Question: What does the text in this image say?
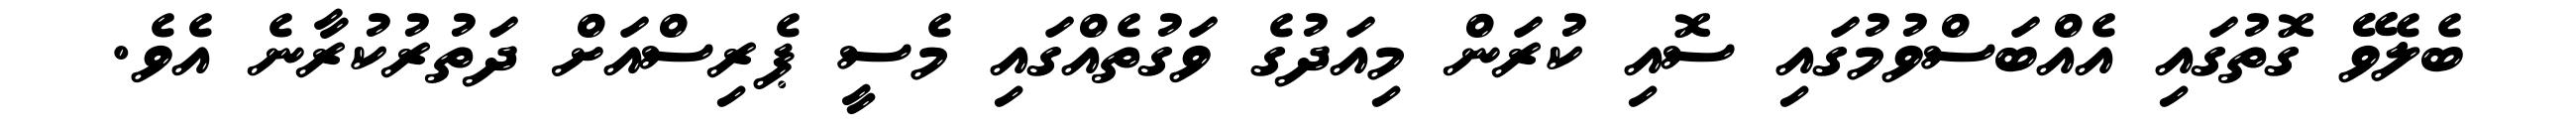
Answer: ބެލެވޭ ގޮތުގައި އެއްބަސްވުމުގައި ސޮއި ކުރަން މިއަދުގެ ވަގުތެއްގައި މެސީ ޕެރިސްއަށް ދަތުރުކުރާނެ އެވެ.